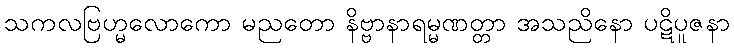
သကလဗြဟ္မလောကော မညတော နိဗ္ဗာနာရမ္မဏတ္တာ အသညိနော ပဋိပူဇနာ